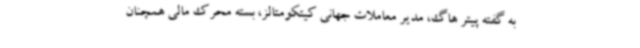
به گفته پیتر هاگ، مدیر معاملات جهانی کیتکومتالز، بسته محرک مالی همچنان